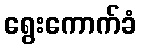
ရွေးကောက်ခံ